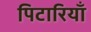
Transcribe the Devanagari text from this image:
पिटारियाँ